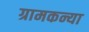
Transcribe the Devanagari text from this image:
ग्रामकन्या